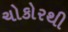
ચોકોરથી